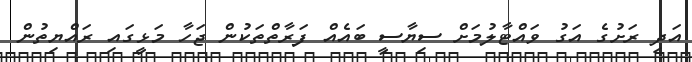
އަދި ރަށުގެ އަގު ވައްޓާލުމަށް ސިޔާސީ ބައެއް ފަރާތްތަކުން ޖަހާ މަޅީގައި ރައްޔިތުން